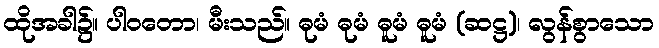
ထိုအခါ၌။ ပါဝတော၊ မီးသည်။ ဓုမံ ဓုမံ ဓူမံ ဓူမံ (ဆဋ္ဌ)၊ လွန်စွာသော